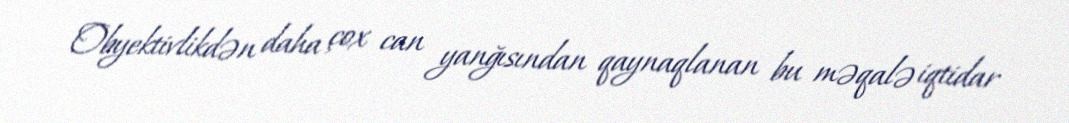
Obyektivlikdən daha çox can yanğısından qaynaqlanan bu məqalə iqtidar